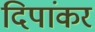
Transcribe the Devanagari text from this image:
दिपांकर